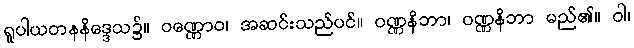
ရူပါယတနနိဒ္ဒေသ၌။ ဝဏ္ဏောဝ၊ အဆင်းသည်ပင်။ ဝဏ္ဏနိဘာ၊ ဝဏ္ဏနိဘာ မည်၏။ ဝါ၊